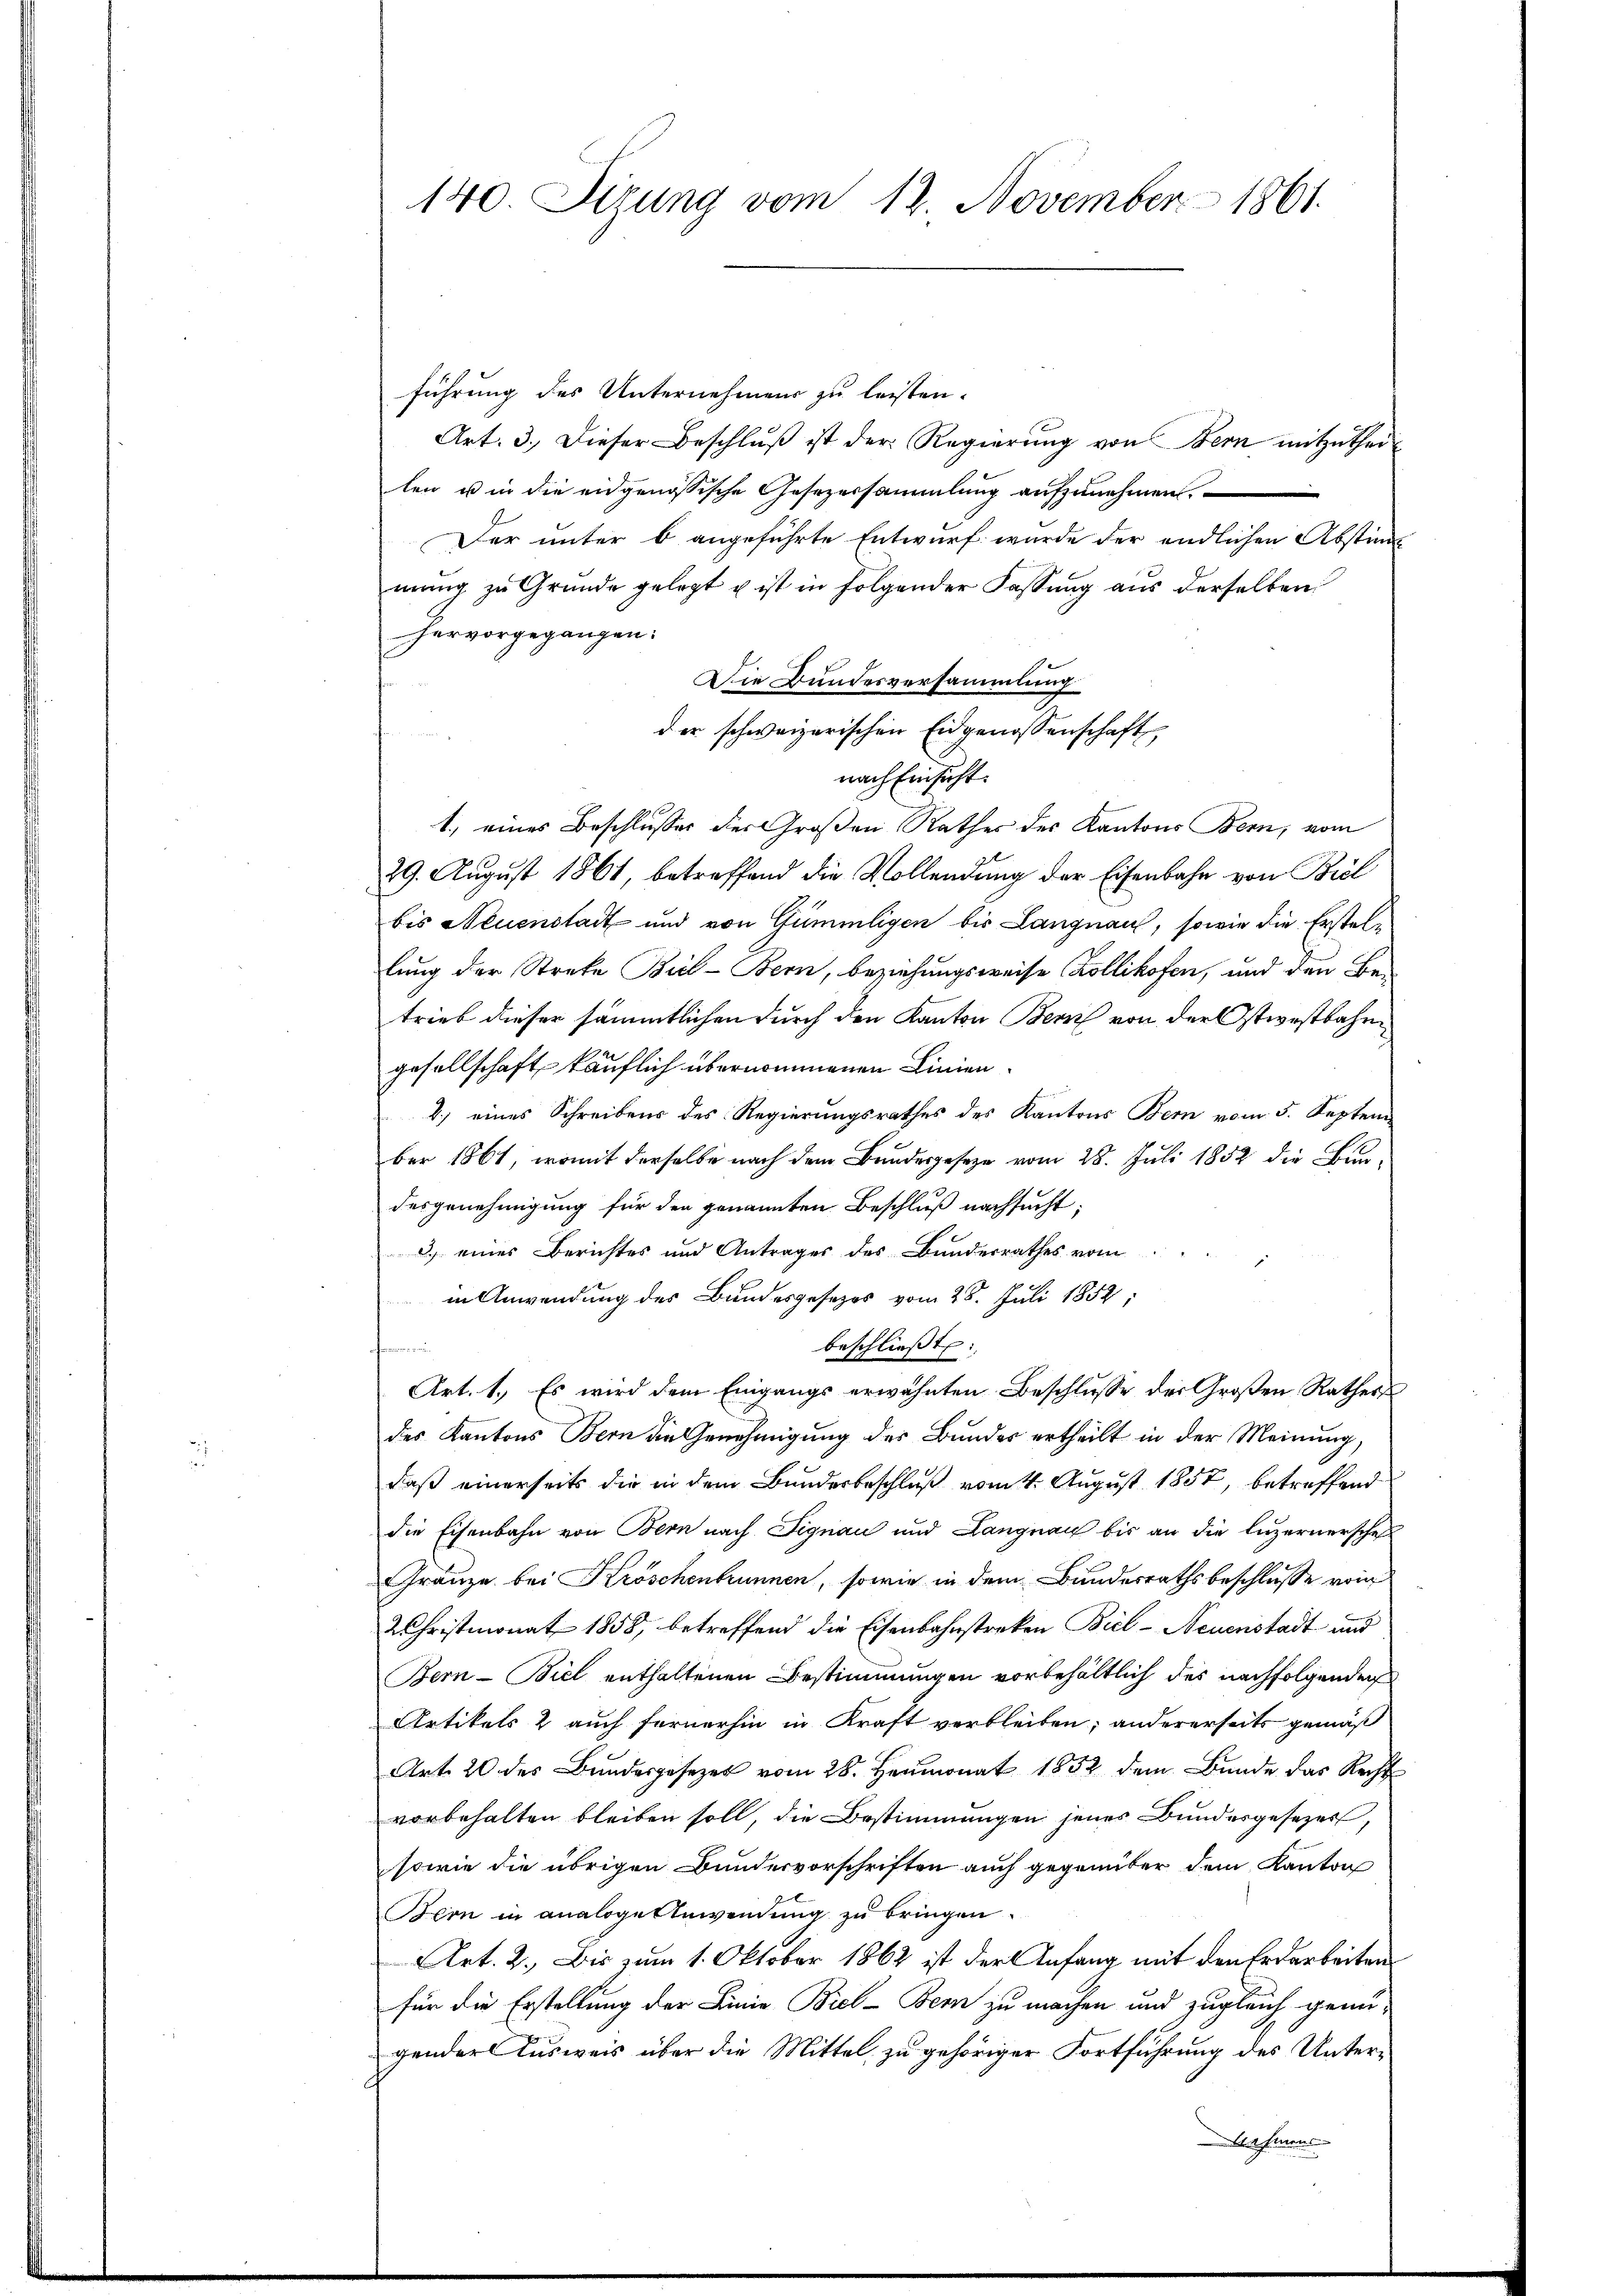
140. Sizung vom 12. November 1861.

führung des Unternehmens zu leisten.
Art. 3. Dieser Beschlŭβ ist der Regierŭng von Bern mitzutheil
len ist in die eidgenössische Gesezessammlung aufzunehmen.
Der unter b angeführte Entwurf wurde der endlichen Abstimmŭng zu Gründe gelegt u ist in folgender Fassung aus derselben
hervorgegangen.
Die Bundesversammlung
der schweizerischen Eidgenossenschaft
nach Einsicht.
1., eines Beschlusses der Großen Rathes des Kantons Bern, vom
29. August 1861, betreffend die Vollendung der Eisenbahn von Biel
bis Neuenstadt und von Gümmligen bis Langnau, sowie die Erstellung der Streke Biel- Bern, beziehungsweise Kollikofen, und den Betrieb dieser sämmtlichen durch den Kanton Bern von der Ostwestbahngesellschaft käuflich übernommenen Linien¬
2.) eines Schreibens des Regierungsrathes des Kantons Bern vom 5. September 1861, womit derselbe nach dem Bundesgesetze vom 28. Juli 1852 die Bundesgenehmigung für den genannten Beschluß nachsucht;
2) eines Berichtes und Antrages des Bundesrathes vom
p
in Anwendung des Bundesgesezes vom 28. Juli 1852,
beschließt:
Art. 1. Es wird dem Eingangs erwähnten Beschlusse der Großen Rathes
des Kantons Bern die Genehmigung des Bundes ertheilt in der Meinung,
daß einerseits die in dem Bundesbeschluß vom 1. August 1857, betreffend
die Eisenbahn von Bern nach Signau und Langnau bis an die luzernersche
Granze bei Kröschenbrunnen, sowie in dem Bundesrathsbeschlusse vom
2 Christmonat 1858, betreffend die Eisenbahnstreken Biel - Neuenstadt und
Bern-Biel enthaltenen Bestimmungen vorbehältlich des nachfolgenden
Artikels 2 auch fernerhin in Kraft verbleiben; andererseits gemäß
Art. 20 des Bundesgesezel vom 28. Heumonat 1852 dem Bunde das Recht
vorbehalten bleiben soll, die Bestimmungen jenes Bundesgesezer,
sowie die übrigen Bundesvorschriften auch gegenüber dem Kanton
Bern in analoge Anwendung zu bringen.
Art. 2. Bis zum 1. Oktober 1862 ist der Anfang mit den Erdarbeiten
für die Erstellung der Linie Biel-Bern zu machen und zugleich genü-
gender Ausweis über die Mittel zu gehöriger Fortführung des Unter¬
 nehmens